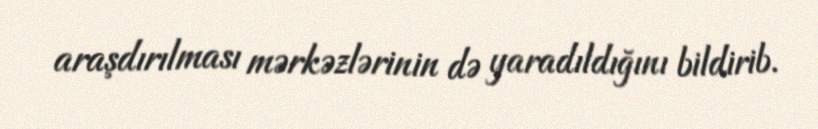
araşdırılması mərkəzlərinin də yaradıldığını bildirib.